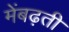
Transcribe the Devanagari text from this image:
मेंबढ़ती